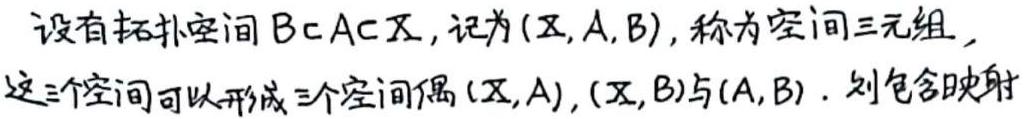
设有拓扑空间 $B\subset A\subset X$, 记为 $(X,A,B)$, 称为空间三元组，这三个空间可以形成三个空间偶 $(X,A),(X,B)$ 与 $(A,B)$. 则包含映射